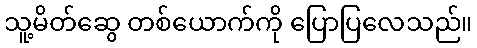
သူ့မိတ်ဆွေ တစ်ယောက်ကို ပြောပြလေသည်။